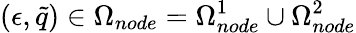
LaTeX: (\epsilon,\tilde{q})\in\Omega_{node}=\Omega_{node}^{1}\cup\Omega_{node}^{2}